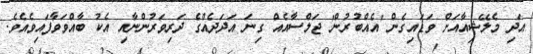
އަދި މެލޭޝިއާއަށް ވަޑައިގެން 'އެއްބުރުން' ޖަލްސާއެއް ގިނަ އަދަދެއްގެ ދަރިވަރުންނާއި އެކު ބާއްވަވާފައިވެއެވެ.